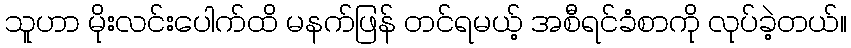
သူဟာ မိုးလင်းပေါက်ထိ မနက်ဖြန် တင်ရမယ့် အစီရင်ခံစာကို လုပ်ခဲ့တယ်။